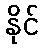
နိုင်